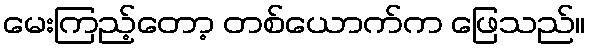
မေးကြည့်တော့ တစ်ယောက်က ဖြေသည်။